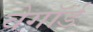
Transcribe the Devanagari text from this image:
वेगॉर्ड